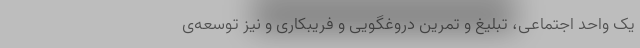
یک واحد اجتماعی، تبلیغ و تمرین دروغگویی و فریبکاری و نیز توسعه‌ی